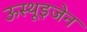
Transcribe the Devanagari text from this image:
ऊस्थूइजेन